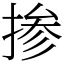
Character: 掺